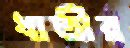
ধাত্রীর